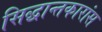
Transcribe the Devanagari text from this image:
सिद्धान्तकारांस